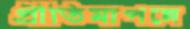
প্রীতিমাপন্নে